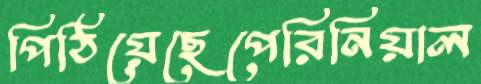
পিঠিয়েছেপেরিনিয়াল